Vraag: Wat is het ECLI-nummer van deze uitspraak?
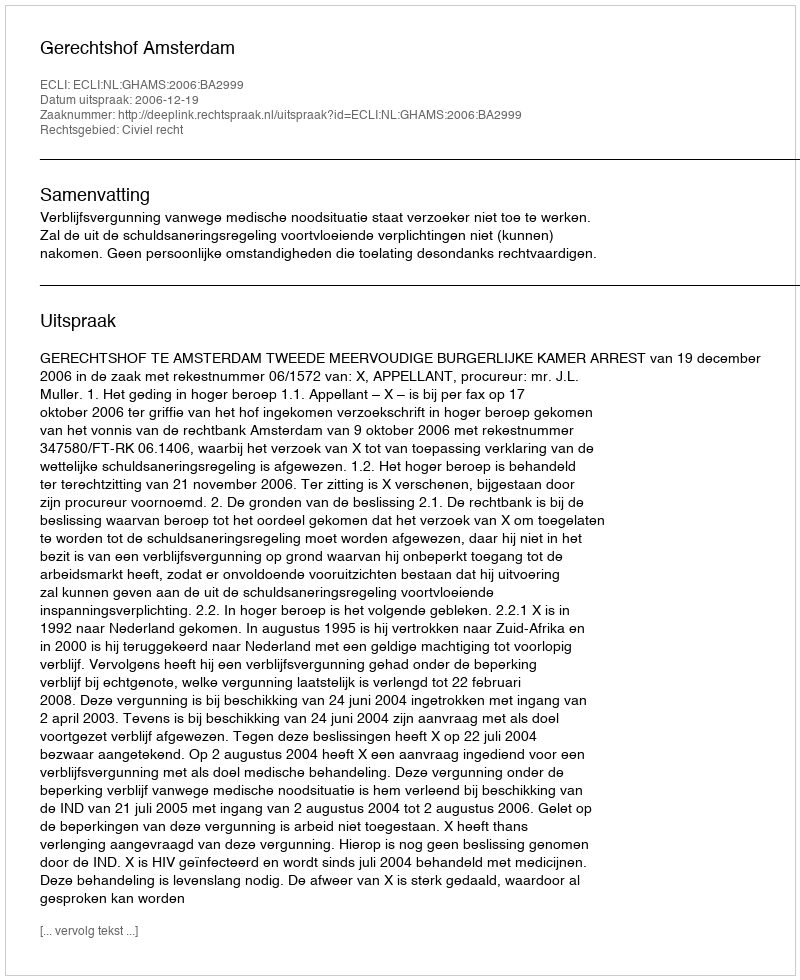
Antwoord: ECLI:NL:GHAMS:2006:BA2999